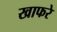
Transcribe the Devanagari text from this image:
खाफरे